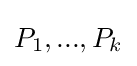
P_{1},...,P_{k}